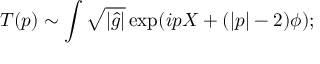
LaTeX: T ( p ) \sim \int \sqrt { | { \hat { g } } | } \exp ( i p X + ( | p | - 2 ) \phi ) ;